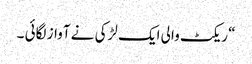
“ ریکٹ والی ایک لڑکی نے آواز لگائی ۔